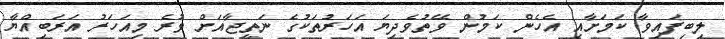
ލިބިފައިވާ ކަމަށާއި އެހެން ކަމުން ވޭތުވެދިޔަ އަހަރުތަކުގެ ނަތީޖާއަށް ވުރެ މިއަހަރު އަރަބިއްޔާ